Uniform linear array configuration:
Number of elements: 32
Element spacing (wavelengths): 0.5
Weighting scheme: binomial
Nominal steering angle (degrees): -45
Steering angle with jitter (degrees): -46.376
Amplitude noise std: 0.05
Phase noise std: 0.05

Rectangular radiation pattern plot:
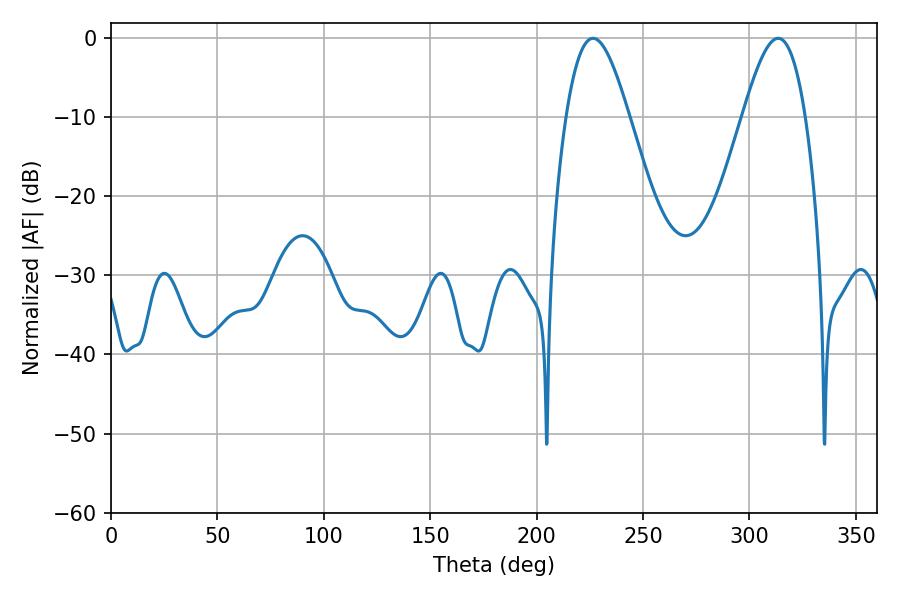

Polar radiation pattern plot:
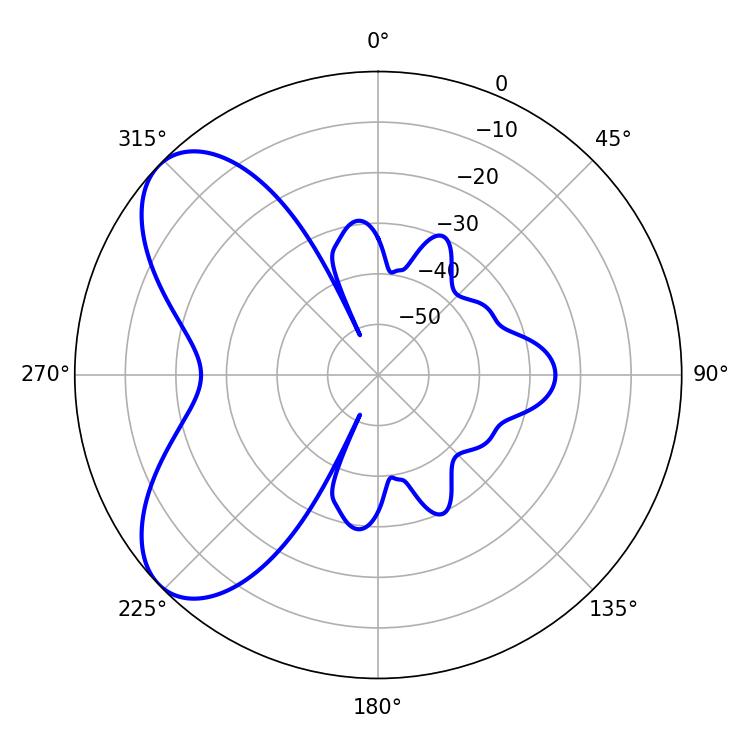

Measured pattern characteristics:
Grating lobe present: FALSE
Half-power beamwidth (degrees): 15.84
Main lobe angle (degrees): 226.44